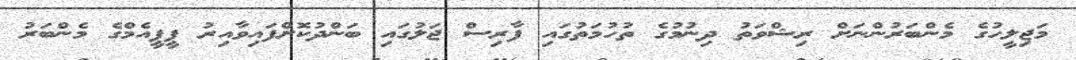
މަޖިލީހުގެ މެންބަރުންނަށް ރިޝްވަތު ދިނުމުގެ ތުހުމަތުގައި ފާރިސް ޖަލުގައި ބަންދުކޮށްފައިވާއިރު ޕީޕީއެމްގެ މެންބަރު